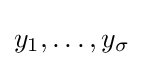
y_{1},\dots ,y_{\sigma }